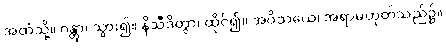
အထံသို့။ ဂန္တွာ၊ သွား၍။ နိသီဒိတွာ၊ ထိုင်၍။ အဝိသယေ၊ အရာမဟုတ်သည်၌။